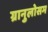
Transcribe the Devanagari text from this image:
ग्रानुलोसम